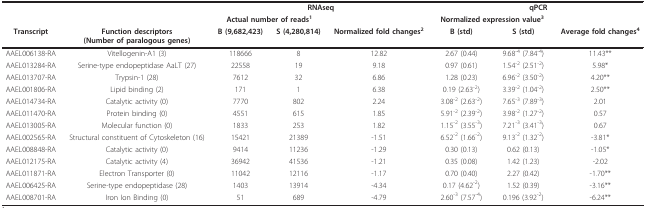
<table><thead><tr><td></td><td></td><td colspan="3"><b>RNAseq</b></td><td colspan="3"><b>qPCR</b></td></tr><tr><td></td><td></td><td colspan="2"><b>Actual number of reads<sup>1</sup></b></td><td></td><td colspan="2"><b>Normalized expression value<sup>3</sup></b></td><td></td></tr><tr><td><b>Transcript</b></td><td><b>Function descriptors(Number of paralogous genes)</b></td><td><b>B (9,682,423)</b></td><td><b>S (4,280,814)</b></td><td><b>Normalized fold changes<sup>2</sup></b></td><td><b>B (std)</b></td><td><b>S (std)</b></td><td><b>Average fold changes<sup>4</sup></b></td></tr></thead><tbody><tr><td>AAEL006138-RA</td><td>Vitellogenin-A1 (3)</td><td>118666</td><td>8</td><td>12.82</td><td>2.67 (0.44)</td><td>9.68<sup>-4 </sup>(7.84<sup>-4</sup>)</td><td>11.43**</td></tr><tr><td>AAEL013284-RA</td><td>Serine-type endopeptidase AaLT (27)</td><td>22558</td><td>19</td><td>9.18</td><td>0.97 (0.61)</td><td>1.54<sup>-2 </sup>(2.51<sup>-2</sup>)</td><td>5.98*</td></tr><tr><td>AAEL013707-RA</td><td>Trypsin-1 (28)</td><td>7612</td><td>32</td><td>6.86</td><td>1.28 (0.23)</td><td>6.96<sup>-2 </sup>(3.50<sup>-2</sup>)</td><td>4.20**</td></tr><tr><td>AAEL001806-RA</td><td>Lipid binding (2)</td><td>171</td><td>1</td><td>6.38</td><td>0.19 (2.63<sup>-2</sup>)</td><td>3.39<sup>-2 </sup>(1.04<sup>-2</sup>)</td><td>2.50**</td></tr><tr><td>AAEL014734-RA</td><td>Catalytic activity (0)</td><td>7770</td><td>802</td><td>2.24</td><td>3.08<sup>-2 </sup>(2.63<sup>-2</sup>)</td><td>7.65<sup>-3 </sup>(7.89<sup>-3</sup>)</td><td>2.01</td></tr><tr><td>AAEL011470-RA</td><td>Protein binding (0)</td><td>4551</td><td>615</td><td>1.85</td><td>5.91<sup>-2 </sup>(2.39<sup>-2</sup>)</td><td>3.98<sup>-2 </sup>(1.27<sup>-2</sup>)</td><td>0.57</td></tr><tr><td>AAEL013005-RA</td><td>Molecular function (0)</td><td>1833</td><td>253</td><td>1.82</td><td>1.15<sup>-2 </sup>(3.55<sup>-3</sup>)</td><td>7.21<sup>-3 </sup>(3.41<sup>-3</sup>)</td><td>0.67</td></tr><tr><td>AAEL002565-RA</td><td>Structural constituent of Cytoskeleton (16)</td><td>15421</td><td>21389</td><td>-1.51</td><td>6.52<sup>-2 </sup>(1.66<sup>-2</sup>)</td><td>9.13<sup>-2 </sup>(1.32<sup>-2</sup>)</td><td>-3.81*</td></tr><tr><td>AAEL008848-RA</td><td>Catalytic activity (0)</td><td>9414</td><td>11236</td><td>-1.29</td><td>0.30 (0.13)</td><td>0.62 (0.13)</td><td>-1.05*</td></tr><tr><td>AAEL012175-RA</td><td>Catalytic activity (4)</td><td>36942</td><td>41536</td><td>-1.21</td><td>0.35 (0.08)</td><td>1.42 (1.23)</td><td>-2.02</td></tr><tr><td>AAEL011871-RA</td><td>Electron Transporter (0)</td><td>11042</td><td>12116</td><td>-1.17</td><td>0.70 (0.40)</td><td>2.27 (0.42)</td><td>-1.70**</td></tr><tr><td>AAEL006425-RA</td><td>Serine-type endopeptidase (28)</td><td>1403</td><td>13914</td><td>-4.34</td><td>0.17 (4.62<sup>-2</sup>)</td><td>1.52 (0.39)</td><td>-3.16**</td></tr><tr><td>AAEL008701-RA</td><td>Iron Ion Binding (0)</td><td>51</td><td>689</td><td>-4.79</td><td>2.60<sup>-3 </sup>(7.57<sup>-4</sup>)</td><td>0.196 (3.92<sup>-2</sup>)</td><td>-6.24**</td></tr></tbody></table>